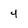
Character: 4